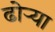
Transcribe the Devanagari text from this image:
ढोऱ्या